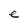
Character: e